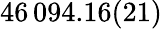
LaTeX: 46\, 094.16(21)